Civil Veterinary Department. Madras. Admin. report 1926-33 - 1926-1933
Year: 1926
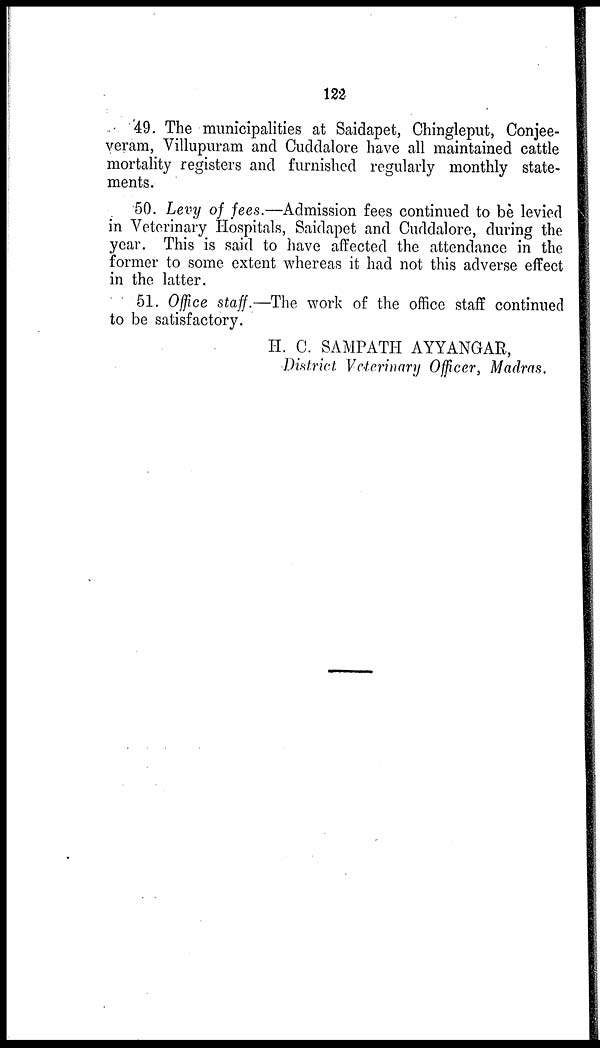
122
49. The municipalities at Saidapet, Chingleput, Conjee-
veram, Villupuram and Cuddalore have all maintained cattle
mortality registers and furnished regularly monthly state-
ments.
50. Levy of fees.—Admission fees continued to be levied
in Veterinary Hospitals, Saidapet and Cuddalore, during the
year. This is said to have affected the attendance in the
former to some extent whereas it had not this adverse effect
in the latter.
51. Office staff.—The work of the office staff continued
to be satisfactory.
H. C. SAMPATH AYYANGAR,
District Veterinary Officer, Madras.